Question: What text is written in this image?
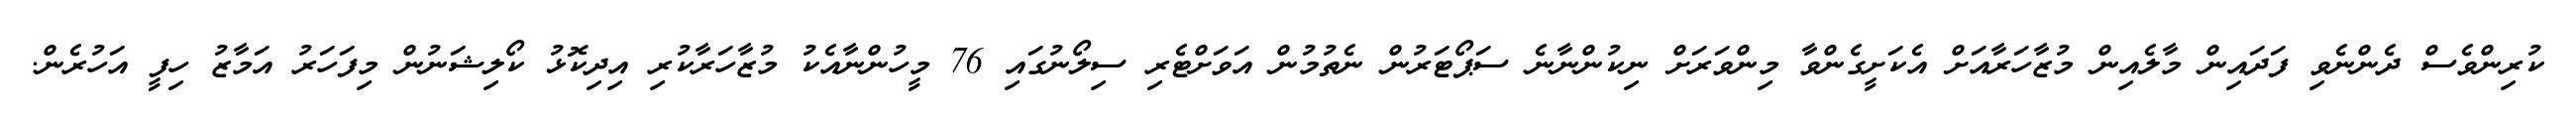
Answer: ކުރިންވެސް ދެންނެވި ފަދައިން މާލެއިން މުޒާހަރާއަށް އެކަށީގެންވާ މިންވަރަށް ނިކުންނާނެ ސަޕޯޓަރުން ނެތުމުން އަވަށްޓެރި ސިލޯނުގައި 76 މީހުންނާއެކު މުޒާހަރާކުރި އިދިކޮޅު ކޯލިޝަނުން މިފަހަރު އަމާޒު ހިފީ އަހުރެން.